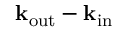
\mathbf { k } _ { \mathrm { o u t } } - \mathbf { k } _ { \mathrm { i n } }